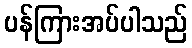
ပန်ကြားအပ်ပါသည်